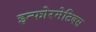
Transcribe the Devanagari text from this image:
इन्फोरमेटिक्स